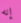
إنه